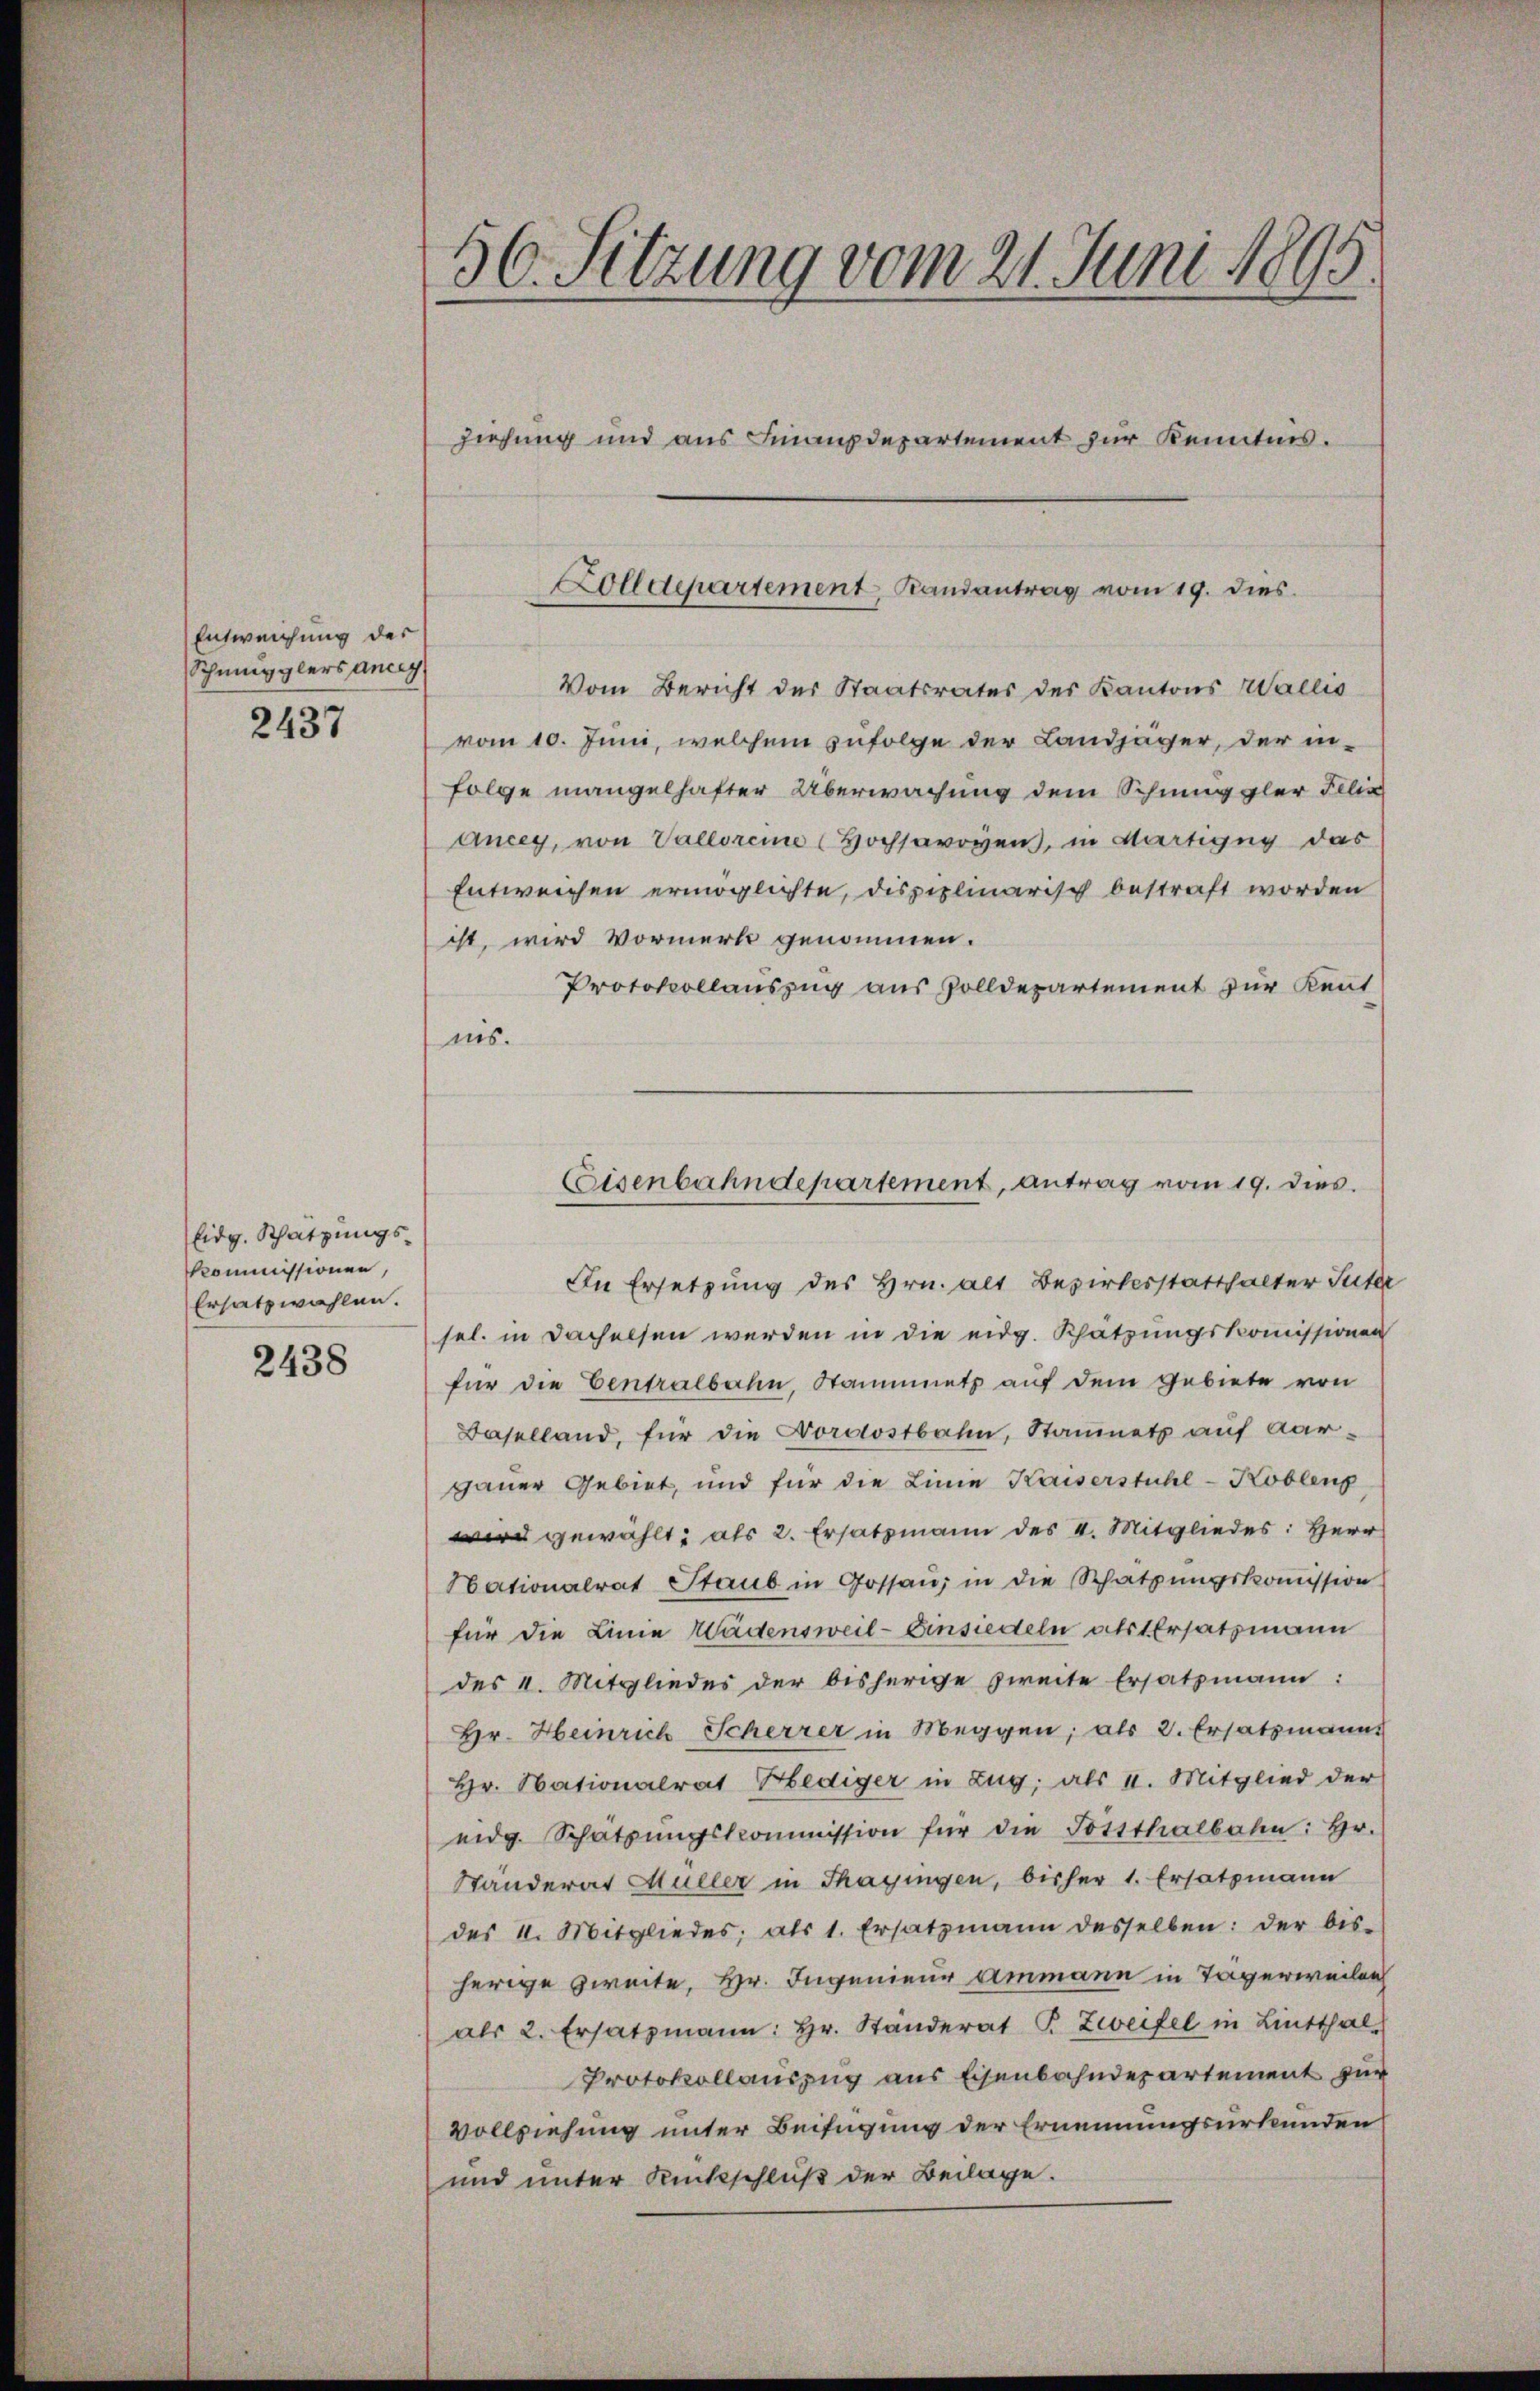
Entweichung der
Schmugglers ancig

2437

Eidg. Schätzungs¬
Kommissionen,
Ersatzwahlen.

2438

56. Sitzung vom 21. Juni 1895

Vom Bericht des Staatsrates des Kantons Wallis
vom 10. Juni, welchem zufolge der Landjäger, der in-
Folge mangelhafter Überwachung dem Schmuggler Felix
Ancey, von Vallorene Hochsavoyen, in Martigny das
Entweichen ermöglichte, disziplinarisch bestraft worden
ist, wird Vormerk genommen.
Protokollauszug aus Zolldepartement zur Kennt
is.
In Ersetzung des Hrn. alt Bezirksstatthalter Suter
sel. in Dachelsen werden in die eidg. Schätzungskommissionen
für die Centralbahn, Staumnets auf dem Gebiete von
Baselland, für die Nordostbahn, Stammets auf Aar-
gauer Gebiet, und für die Linie Kaiserstuhl-Kobleng
wird gewählt, als 2. Ersatzmann des v. Mitgliedes: Herr
Nationalrat Staub in Gossaŭ in die Schatzŭngskoṁission
für die Linie Wädensweil-Einsiedeln als Ersatzmann
des I. Mitgliedes der bisherige zweite Ersatzmann:
Hr. Heinrich Scherrer in Meggen, als 2. Ersatzmann
Hr. Nationalrat Hediger in Zug; als II. Mitglied der
eidg. Schatzŭngskommission für die Postthalbahn: hr.
Ständerat Müller in Thayngen, bisher 1. Ersatzmann
des 4. Mitgliedes, als 1. Ersatzmann desselben: der bis-
herige zweite, Hr. Ingenieur ammann in Tagerweilen
als 2. Ersatzmann: hr. Standerat P. Zweifel in Lintthal¬
Protokollauszug aus Eisenbahndepartement zur
Vollziehung unter Beifügung der Ernennungsurkunden
und unter Rückschluß der Beilage.

ziehung und aus Finanzdepartement zur Kenntnis.

Zolldepartement, Randantrag vom 19. dies

Eisenbahndepartement, antrag vom 19. dies